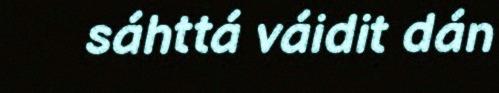
sáhttá váidit dán